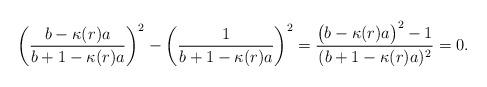
LaTeX: \begin{align*}\left(\frac{b-\kappa(r)a}{b+1-\kappa(r)a}\right)^2-\left(\frac{1}{b+1-\kappa(r)a}\right)^2 = \frac{\big(b-\kappa(r)a\big)^2-1}{(b+1-\kappa(r)a)^2} = 0. \end{align*}